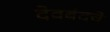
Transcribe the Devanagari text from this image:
देवबंदचे